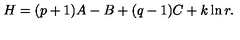
H = ( p + 1 ) A - B + ( q - 1 ) C + k \ln r .